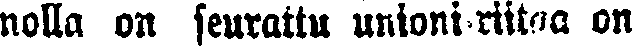
nolla on seurattu unioni-riitaa on